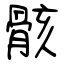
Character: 骸